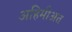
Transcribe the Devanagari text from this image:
अहिमीअत